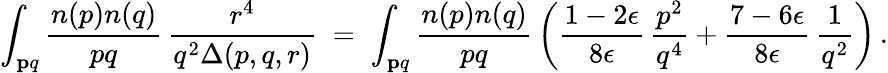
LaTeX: \int_{\mathbf pq}{\frac{n(p)n(q)}{pq}}\, {\frac{r^{4}}{q^{2}\Delta(p,q,r)}}\; =\; \int_{\mathbf pq}{\frac{n(p)n(q)}{pq}}\left({\frac{1-2\epsilon}{8\epsilon}}\, {\frac{p^{2}}{q^{4}}}+{\frac{7-6\epsilon}{8\epsilon}}\, {\frac{1}{q^{2}}}\right)\, .